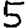
Digit: 5